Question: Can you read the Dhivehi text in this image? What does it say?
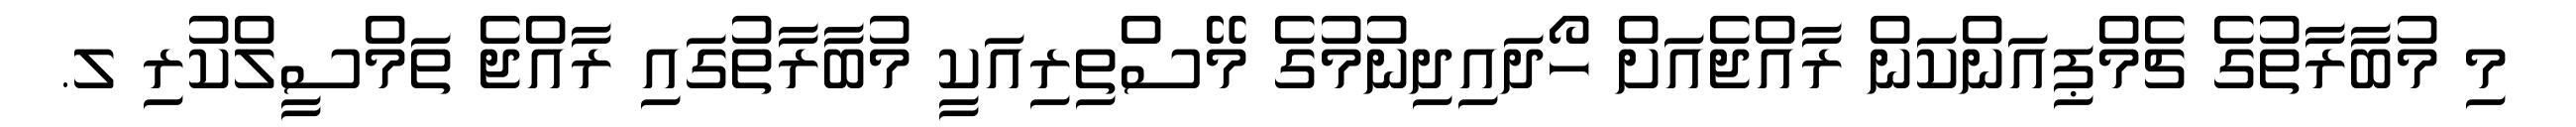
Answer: މި މުބާރާތުގެ ޗެމްޕިއަންކަން ރާއްޖެއަށް ހޯދައިދިނުމުގެ މޭސްތިރިއަކީ މުބާރާތުގައި ރާއްޖެ ތަމްސީލްކުރި ލ.